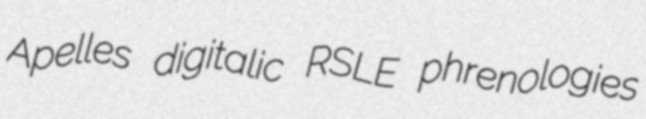
Apelles digitalic RSLE phrenologies